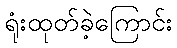
ရုံးထုတ်ခဲ့ကြောင်း